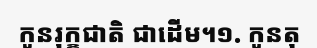
កូនរុក្ខជាតិ ជាដើម។១. កូនតុ